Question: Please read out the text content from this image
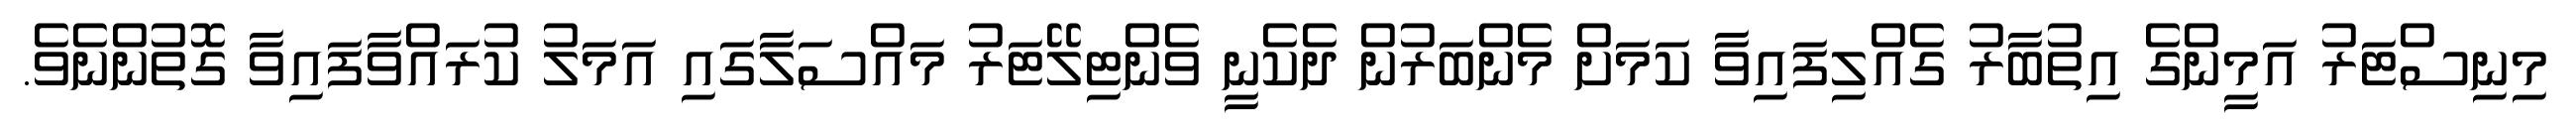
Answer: މިނިސްޓަރު އަމީންގެ އިތުބާރު ގެއްލިފައިވާ ކަމަށް މެންބަރުން ދެކެނީ ވެންޓިލޭޓަރު މައްސަލާގައި އަމަލު ކުރައްވާފައިވާ ގޮތުންނެވެ.